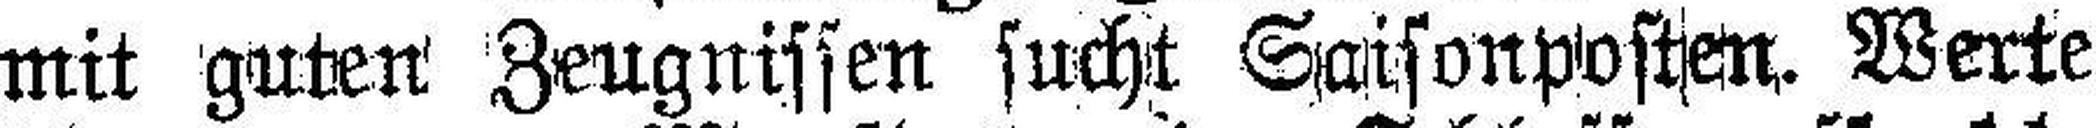
mit guten Zeugnissen sucht Saisonposten. Werte